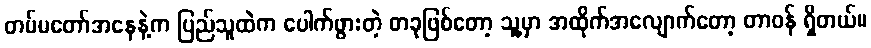
တပ်မတော်အနေနဲ့က ပြည်သူထဲက ပေါက်ဖွားတဲ့ တခုဖြစ်တော့ သူ့မှာ အထိုက်အလျောက်တော့ တာဝန် ရှိတယ်။